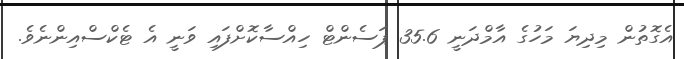
އެގޮތުން މިދިޔަ މަހުގެ އާމްދަނީ 35.6 ޕަސެންޓް ހިއްސާކޮށްފައި ވަނީ އެ ޓެކްސްއިންނެވެ.